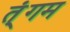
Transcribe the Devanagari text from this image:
त्ंगम